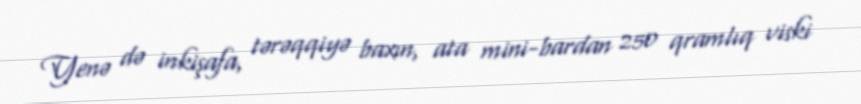
Yenə də inkişafa, tərəqqiyə baxın, ata mini-bardan 250 qramlıq viski